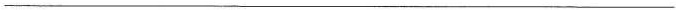
___